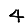
Digit: 4